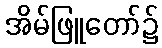
အိမ်ဖြူတော်၌